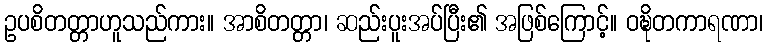
ဥပစိတတ္တာဟူသည်ကား။ အာစိတတ္တာ၊ ဆည်းပူးအပ်ပြီး၏ အဖြစ်ကြောင့်။ ဝဍ္ဎိတကာရဏာ၊